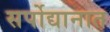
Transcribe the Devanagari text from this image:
सर्पोद्यानात